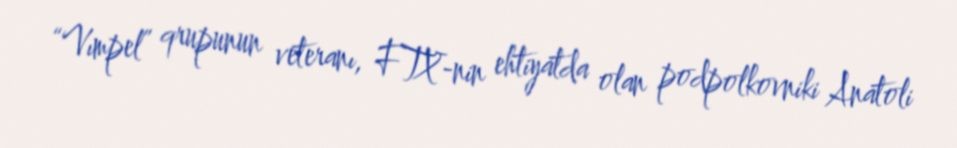
“Vımpel” qrupunun veteranı, FTX-nin ehtiyatda olan podpolkovniki Anatoli